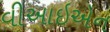
વીઆઇએન